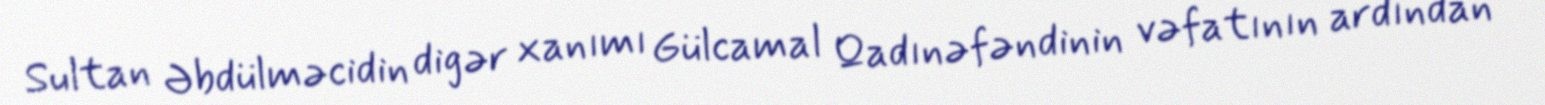
Sultan Əbdülməcidin digər xanımı Gülcamal Qadınəfəndinin vəfatının ardından